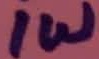
Text: 1W